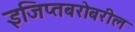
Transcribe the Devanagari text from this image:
इजिप्तबरोबरील